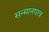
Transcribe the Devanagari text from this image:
सन्‍मानपात्र